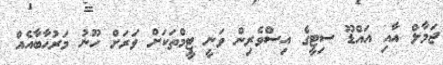
ޖަމާލް އާއި އައްޑޫ ސިޓީގެ އިސްވެރިން ވަނީ ޓީމްތަކަށް ވަރަށް ހޫނު މަރުހާބާއެއް